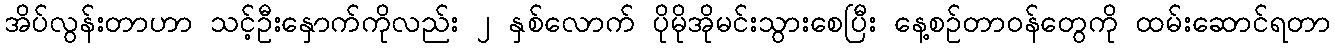
အိပ်လွန်းတာဟာ သင့်ဦးနှောက်ကိုလည်း ၂ နှစ်လောက် ပိုမိုအိုမင်းသွားစေပြီး နေ့စဉ်တာဝန်တွေကို ထမ်းဆောင်ရတာ